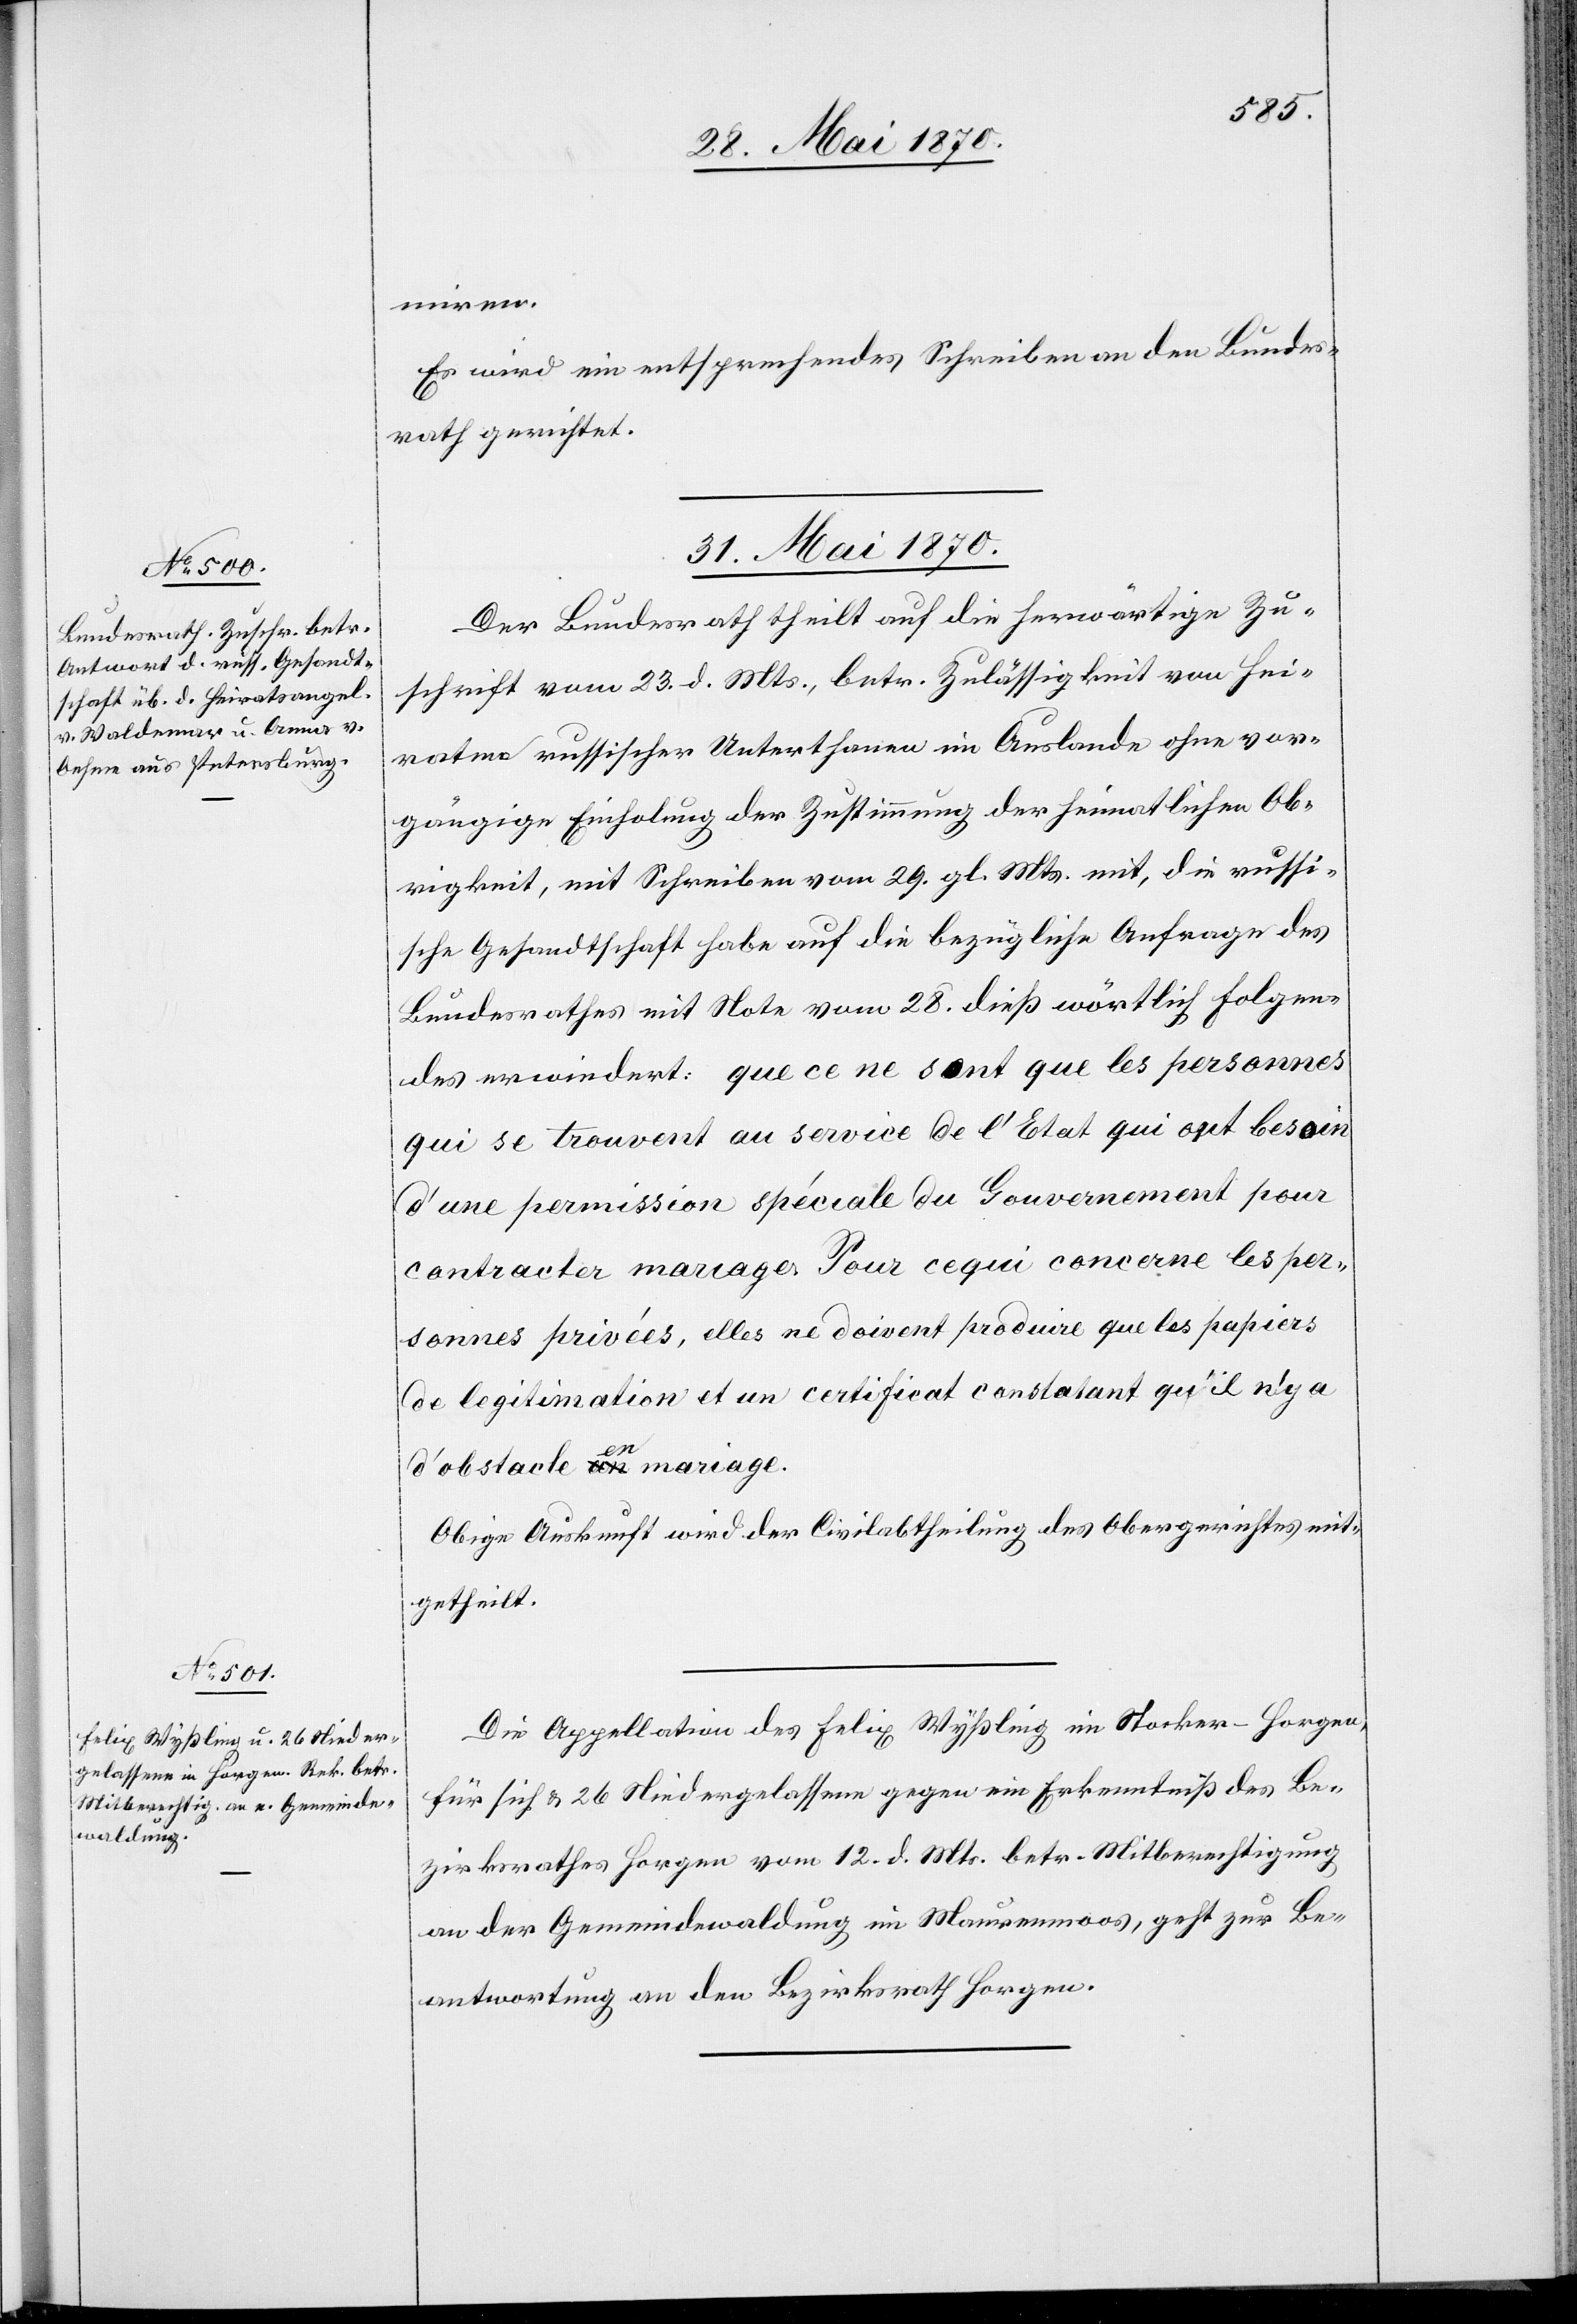
miren.
Es wird ein entsprechendes Schreiben an den Bundes¬
rath gerichtet.
31. Mai 1870.]
Der Bundesrath theilt auf die herwärtige Zu¬
schrift vom 23. d. Mts., betr. Zulässigkeit von Hei¬
raten russischer Unterthanen im Auslande ohne vor¬
gängige Einholung der Zustimmung der heimatlichen Ob¬
rigkeit, mit Schreiben vom 29. gl. Mts. mit, die russi¬
sche Gesandtschaft habe auf die bezügliche Anfrage des
Bundesrathes mit Note vom 28. dieß wörtlich Folgen¬
des erwiedert: que ce ne sont que les personnes
qui se trouvent au service de l’Etat qui ont besoin
d’une permission spéciale du Gouvernement pour
contracter mariage. Pour cequi concerne les per¬
sonnes privées, elles ne doivent produire que les papiers
de legitimation et un certificat constatant qu’il n’y a
d’obstacle a-an-a en mariage.
Obige Auskunft wird der Civilabtheilung des Obergerichtes mit¬
getheilt.
Die Appellation des Felix Wyßling im Stocker - Horgen,
für sich & 26 Niedergelassene gegen ein Erkenntniß des Be¬
zirksrathes Horgen vom 12. d. Mts. betr. Mitberechtigung
an der Gemeindewaldung im Maurenmoos, geht zur Be¬
antwortung an den Bezirksrath Horgen.